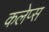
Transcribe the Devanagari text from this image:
कलेप्स